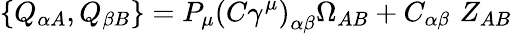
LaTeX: \left\{ Q_{\alpha A},Q_{\beta B}\right\} =P_{\mu}\left(C\gamma^{\mu}\right)_{\alpha\beta}\Omega_{AB}+C_{\alpha\beta}\, \, Z_{AB}